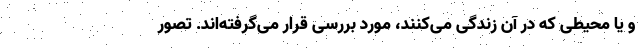
و یا محیطی که در آن زندگی می‌کنند، مورد بررسی قرار می‌گرفته‌اند. تصور